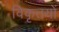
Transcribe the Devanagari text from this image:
विकृतयों